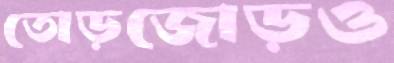
তোড়জোড়ও